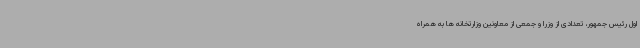
اول رئیس جمهور، تعدادی از وزرا و جمعی از معاونین وزارتخانه ها به همراه